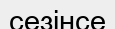
сезінсе